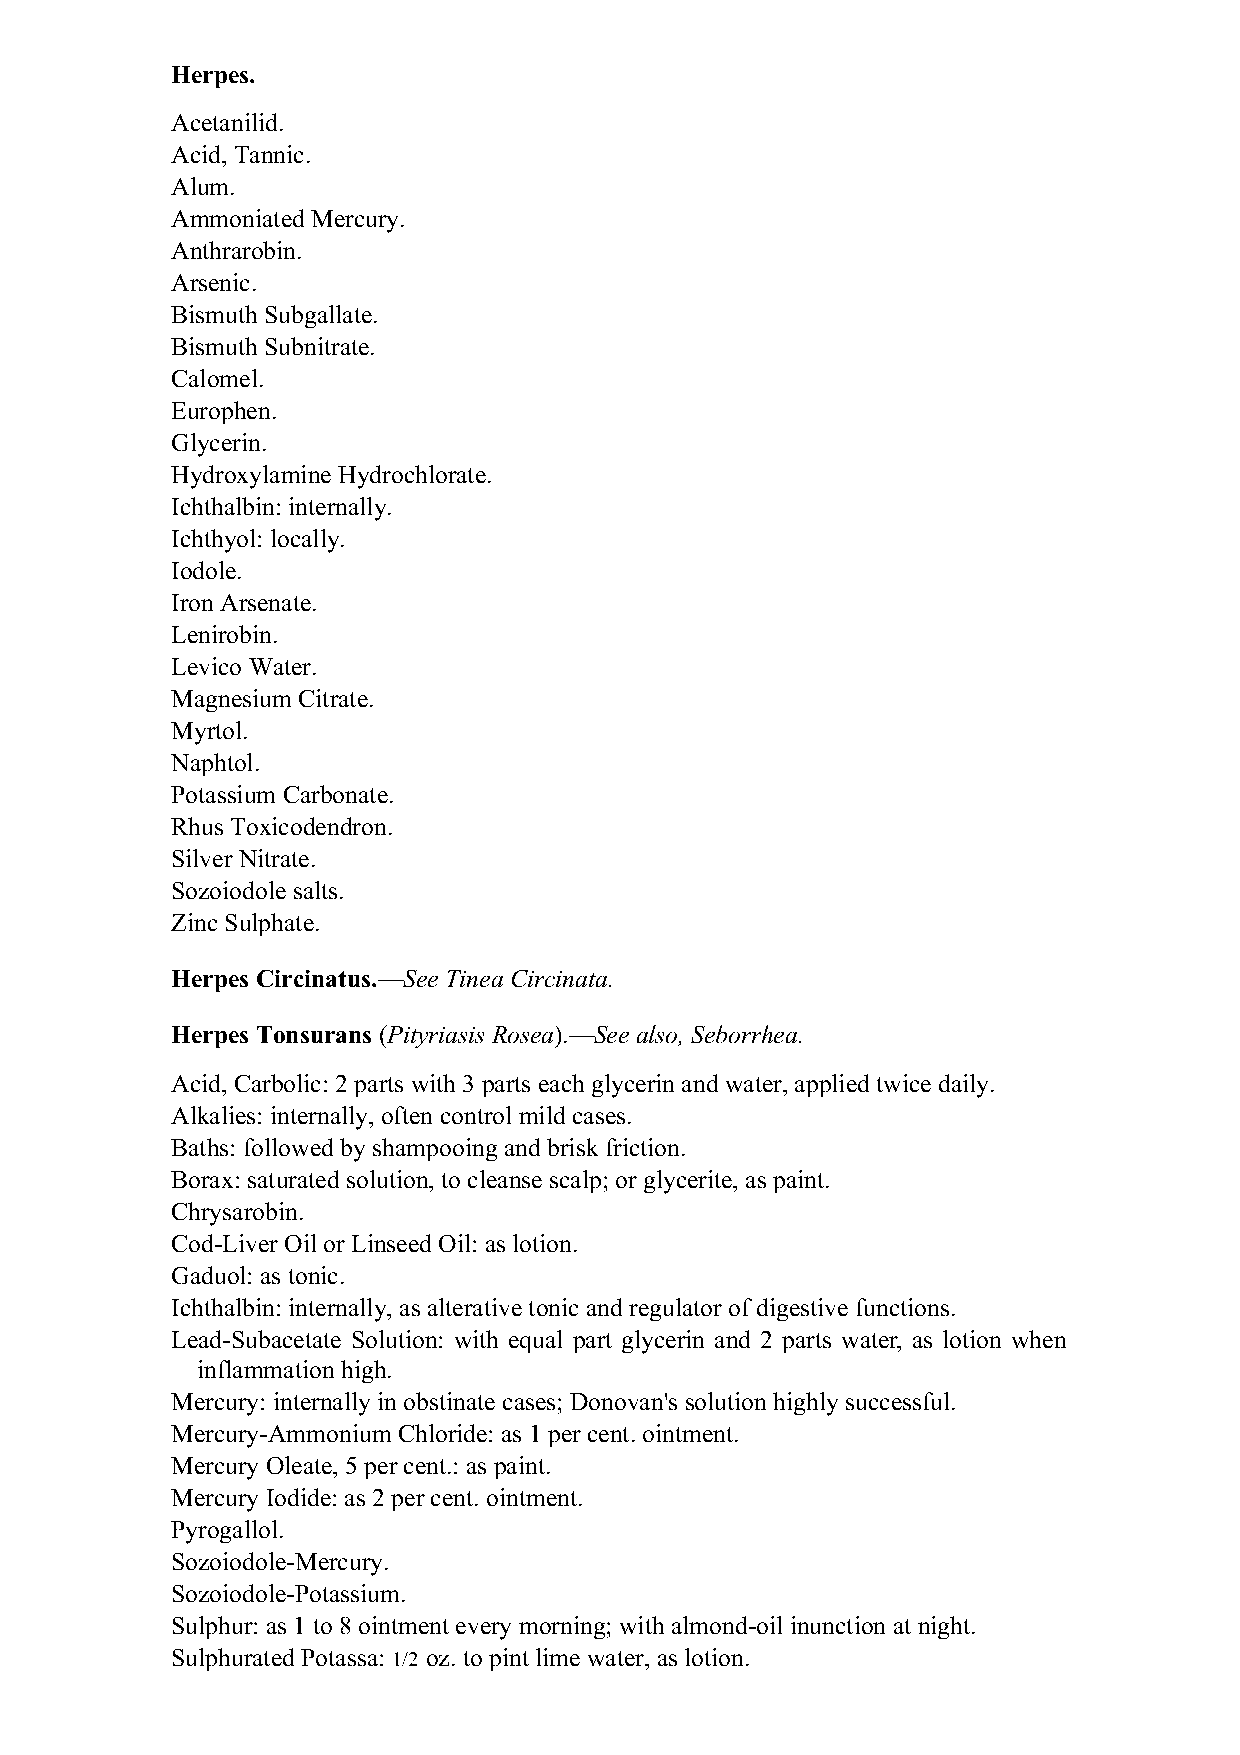
Herpes.
 Acetanilid.
 Acid, Tannic.
 Alum.
 Ammoniated Mercury.
 Anthrarobin.
 Arsenic.
 Bismuth Subgallate.
 Bismuth Subnitrate.
 Calomel.
 Europhen.
 Glycerin.
 Hydroxylamine Hydrochlorate.
 Ichthalbin: internally.
 Ichthyol: locally.
 Iodole.
 Iron Arsenate.
 Lenirobin.
 Levico Water.
 Magnesium Citrate.
 Myrtol.
 Naphtol.
 Potassium Carbonate.
 Rhus Toxicodendron.
 Silver Nitrate.
 Sozoiodole salts.
 Zinc Sulphate.
 Herpes Circinatus.—See Tinea Circinata.
 Herpes Tonsurans (Pityriasis Rosea).—See also, Seborrhea.
 Acid, Carbolic: 2 parts with 3 parts each glycerin and water, applied twice daily.
 Alkalies: internally, often control mild cases.
 Baths: followed by shampooing and brisk friction.
 Borax: saturated solution, to cleanse scalp; or glycerite, as paint.
 Chrysarobin.
 Cod-Liver Oil or Linseed Oil: as lotion.
 Gaduol: as tonic.
 Ichthalbin: internally, as alterative tonic and regulator of digestive functions.
 Lead-Subacetate Solution: with equal part glycerin and 2 parts water, as lotion when
 inflammation high.
 Mercury: internally in obstinate cases; Donovan's solution highly successful.
 Mercury-Ammonium Chloride: as 1 per cent. ointment.
 Mercury Oleate, 5 per cent.: as paint.
 Mercury Iodide: as 2 per cent. ointment.
 Pyrogallol.
 Sozoiodole-Mercury.
 Sozoiodole-Potassium.
 Sulphur: as 1 to 8 ointment every morning; with almond-oil inunction at night.
 Sulphurated Potassa: 1/2 oz. to pint lime water, as lotion.